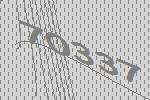
70337